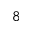
8